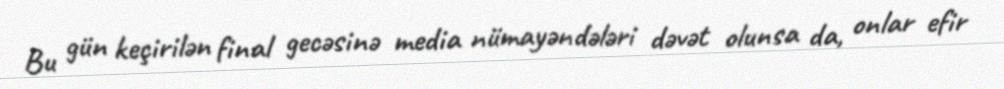
Bu gün keçirilən final gecəsinə media nümayəndələri dəvət olunsa da, onlar efir